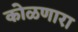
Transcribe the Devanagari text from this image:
कोळणारा